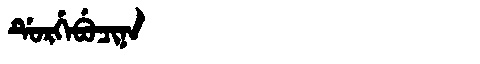
Manchu: ᡩᡠᡵᡤᡝᠪᡠᠴᡳᠨᠠ
Romanization: DURGEBUCINA